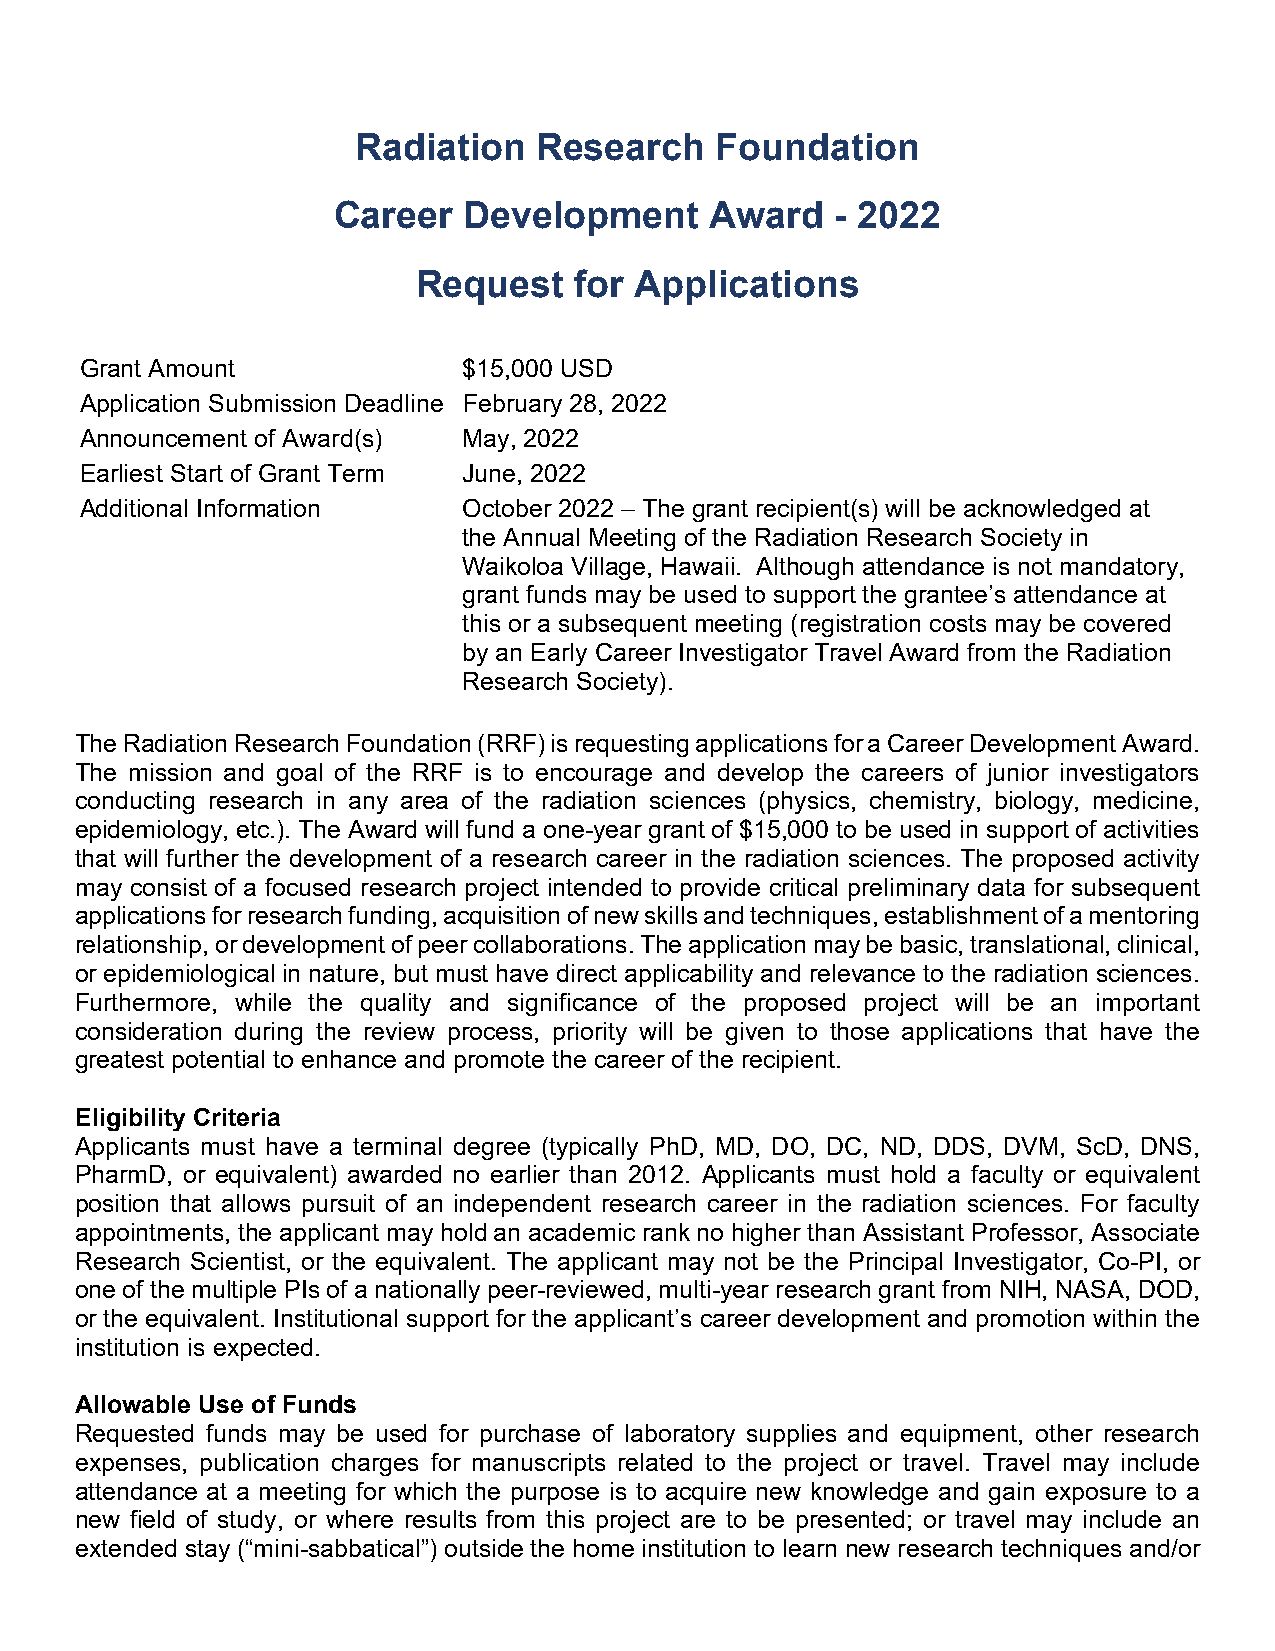
Radiation   Research   Foundation
 Career   Development     Award   - 2022
 Request   for Applications
 Grant Amount              $15,000 USD
 Application Submission Deadline February 28, 2022
 Announcement of Award(s)  May, 2022
 Earliest Start of Grant Term June, 2022
 Additional Information    October 2022 – The grant recipient(s) will be acknowledged at
 the Annual Meeting of the Radiation Research Society in
 Waikoloa Village, Hawaii. Although attendance is not mandatory,
 grant funds may be used to support the grantee’s attendance at
 this or a subsequent meeting (registration costs may be covered
 by an Early Career Investigator Travel Award from the Radiation
 Research Society).
 The Radiation Research Foundation (RRF) is requesting applications for a Career Development Award.
 The mission and goal of the RRF is to encourage and develop the careers of junior investigators
 conducting research in any area of the radiation sciences (physics, chemistry, biology, medicine,
 epidemiology, etc.). The Award will fund a one-year grant of $15,000 to be used in support of activities
 that will further the development of a research career in the radiation sciences. The proposed activity
 may consist of a focused research project intended to provide critical preliminary data for subsequent
 applications for research funding, acquisition of new skills and techniques, establishment of a mentoring
 relationship, or development of peer collaborations. The application may be basic, translational, clinical,
 or epidemiological in nature, but must have direct applicability and relevance to the radiation sciences.
 Furthermore, while the quality and significance of the proposed project will be an important
 consideration during the review process, priority will be given to those applications that have the
 greatest potential to enhance and promote the career of the recipient.
 Eligibility Criteria
 Applicants must have a terminal degree (typically PhD, MD, DO, DC, ND, DDS, DVM, ScD, DNS,
 PharmD, or equivalent) awarded no earlier than 2012. Applicants must hold a faculty or equivalent
 position that allows pursuit of an independent research career in the radiation sciences. For faculty
 appointments, the applicant may hold an academic rank no higher than Assistant Professor, Associate
 Research Scientist, or the equivalent. The applicant may not be the Principal Investigator, Co-PI, or
 one of the multiple PIs of a nationally peer-reviewed, multi-year research grant from NIH, NASA, DOD,
 or the equivalent. Institutional support for the applicant’s career development and promotion within the
 institution is expected.
 Allowable Use of Funds
 Requested funds may be used for purchase of laboratory supplies and equipment, other research
 expenses, publication charges for manuscripts related to the project or travel. Travel may include
 attendance at a meeting for which the purpose is to acquire new knowledge and gain exposure to a
 new field of study, or where results from this project are to be presented; or travel may include an
 extended stay (“mini-sabbatical”) outside the home institution to learn new research techniques and/or